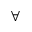
\forall